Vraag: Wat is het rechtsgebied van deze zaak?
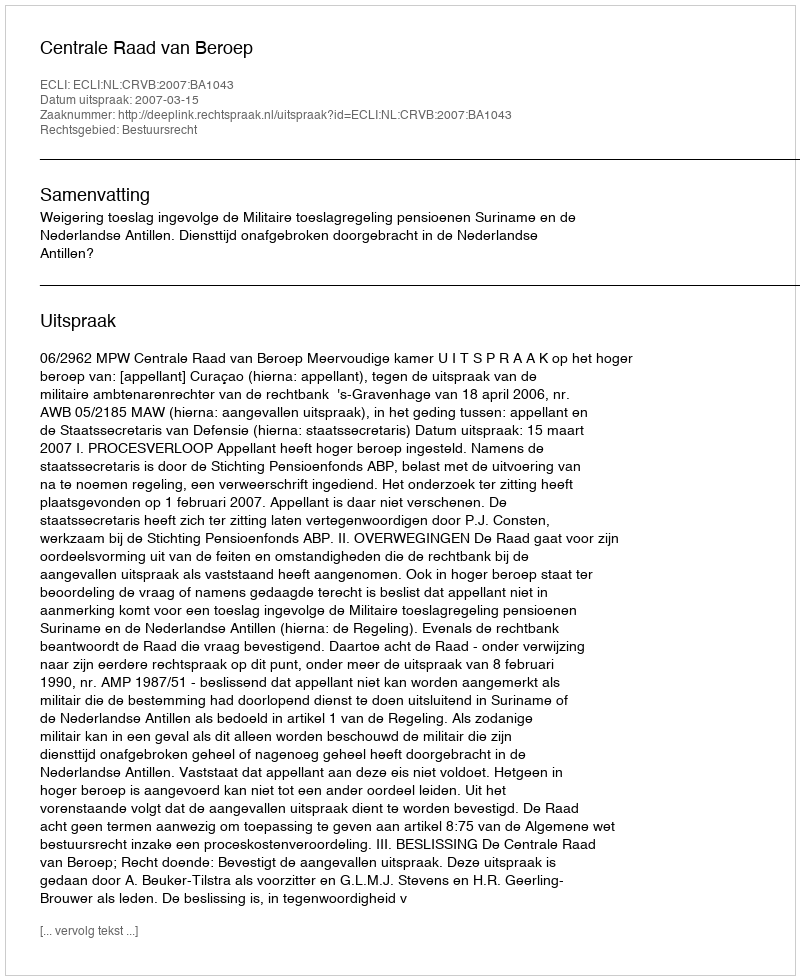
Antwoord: Bestuursrecht